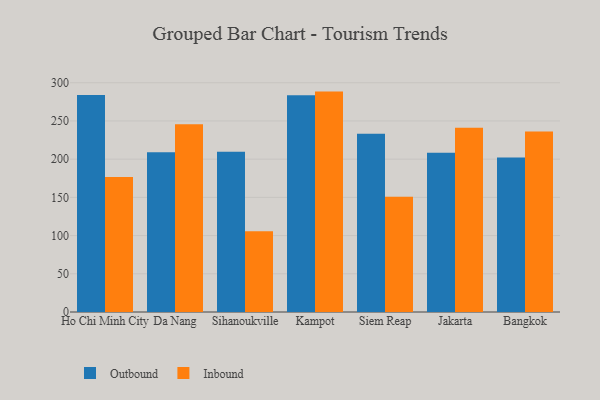
{"axis": {"x": "City", "y": "Humidity (%)"}, "legend": ["Inbound", "Outbound"], "data": [{"x": "Ho Chi Minh City", "y": 284.0, "type": "Outbound"}, {"x": "Ho Chi Minh City", "y": 176.6, "type": "Inbound"}, {"x": "Da Nang", "y": 208.9, "type": "Outbound"}, {"x": "Da Nang", "y": 245.6, "type": "Inbound"}, {"x": "Sihanoukville", "y": 209.7, "type": "Outbound"}, {"x": "Sihanoukville", "y": 105.7, "type": "Inbound"}, {"x": "Kampot", "y": 283.7, "type": "Outbound"}, {"x": "Kampot", "y": 288.4, "type": "Inbound"}, {"x": "Siem Reap", "y": 233.2, "type": "Outbound"}, {"x": "Siem Reap", "y": 150.9, "type": "Inbound"}, {"x": "Jakarta", "y": 208.4, "type": "Outbound"}, {"x": "Jakarta", "y": 241.2, "type": "Inbound"}, {"x": "Bangkok", "y": 202.1, "type": "Outbound"}, {"x": "Bangkok", "y": 236.1, "type": "Inbound"}]}